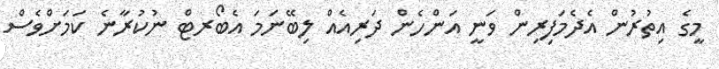
މީގެ އިތުރުން އެދެމަފިރިން ވަނީ އަންހެން ދަރިއެއް ލިބޭނަމަ އެބޯރޓް ނުކުރާނެ ކަމަށްވެސް